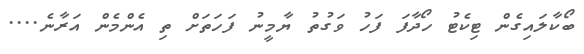
ބޯކާލައިގެން ޓިކެޓު ހޯދާފަ ފަހު ވަގުތު ޔާމީނު ފަހަތަށް ތި އެންމެން އަރާނެ....